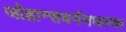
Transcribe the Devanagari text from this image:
जोहान्सबर्गमधल्या